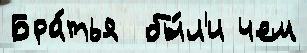
Бра́тья  бы́л'и чем